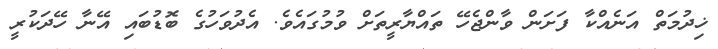
ޚިދުމަތް އަނެއްކާ ފަށަން ވާންޖެހޭ ތައްޔާރީތަށް ވުމުގައެވެ. އެދުވަހުގެ ބޮޑުބައި އޭނާ ހޭދަކުރީ